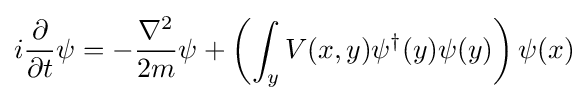
i{\partial  \over \partial t}\psi =-{\nabla ^{2} \over 2m}\psi +\left(\int _{y}V(x,y)\psi ^{\dagger }(y)\psi (y)\right)\psi (x)